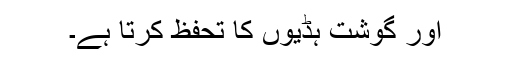
اور گوشت ہڈیوں کا تحفظ کرتا ہے۔